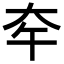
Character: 𡗧